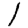
Digit: 1